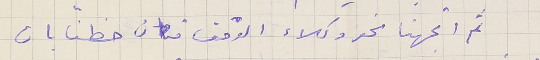
ثم اتجهنا نحو وكلاء الوقف فكان حظنا بان